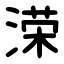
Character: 溁